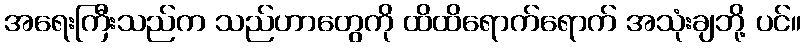
အရေးကြီးသည်က သည်ဟာတွေကို ထိထိရောက်ရောက် အသုံးချဘို့ ပင်။